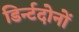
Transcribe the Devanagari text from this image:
डिर्न्टदोनों